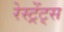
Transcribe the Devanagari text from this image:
रेस्ट्रेंट्स